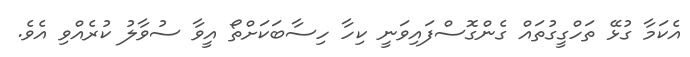
އެކަމާ ގުޅޭ ތަހްގީގުތައް ގެންގޮސްފައިވަނީ ކިހާ ހިސާބަކަށްތޯ އީވާ ސުވާލު ކުރެއްވި އެވެ.